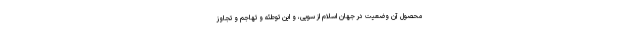
محصول آن وضعیّت در جهان اسلام از سویی، و این توطئه و تهاجم و تجاوز